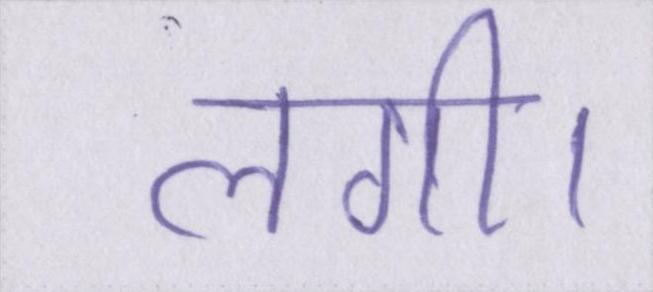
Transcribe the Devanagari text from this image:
लगी।